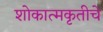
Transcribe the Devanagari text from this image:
शोकात्मकृतीचे